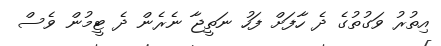
އިތުރު ވަގުތުގެ ދެ ހާފަށް ފަހު ނަތީޖާ ނެރެން ދެ ޓީމުން ވެސް